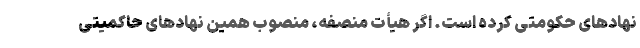
نهادهای حکومتی کرده است. اگر هیأت منصفه، منصوب همین نهادهای حاکمیتی